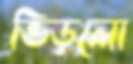
ভিড়লো